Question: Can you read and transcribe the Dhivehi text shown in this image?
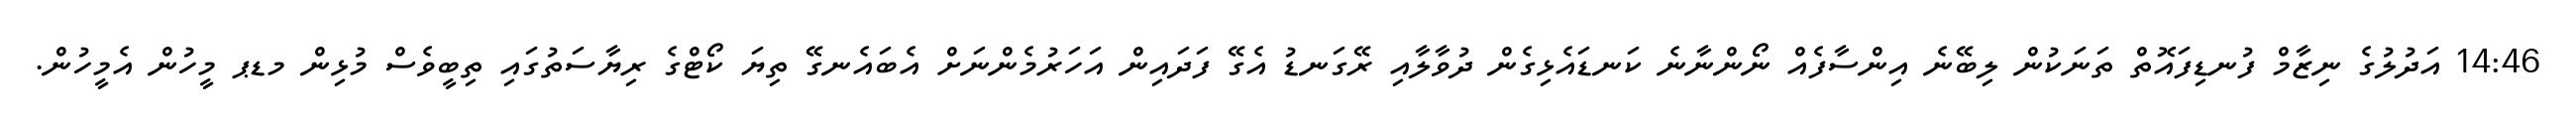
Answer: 14:46 އަދުލުގެ ނިޒާމް ފުނޑިފައޮތް ތަނަކުން ލިބޭނެ އިންސާފެއް ނޯންނާނެ ކަނޑައެޅިގެން ދުވާލާއި ރޭގަނޑު އެގޭ ފަދައިން އަހަރުމެންނަށް އެބައެނގޭ ތިޔަ ކޯޓްގެ ރިޔާސަތުގައި ތިބީވެސް މުޅިން މޑޕ މީހުން އެމީހުން.